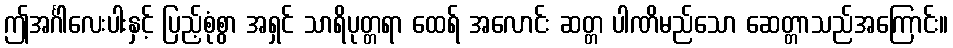
ဤအင်္ဂါလေးပါးနှင့် ပြည့်စုံစွာ အရှင် သာရိပုတ္တရာ ထေရ် အလောင်း ဆတ္တ ပါဏိမည်သော ဆေတ္တာသည်အကြောင်း။